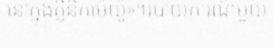
នៅក្នុងគ្លីនិកម៉េយ៉ូ»។របាយការណ៍មួយ